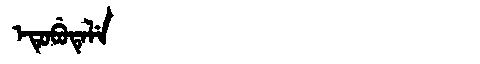
Manchu: ᡝᡨᡠᠪᡠᡨᡝᠯᡝ
Romanization: ETUBUTELE